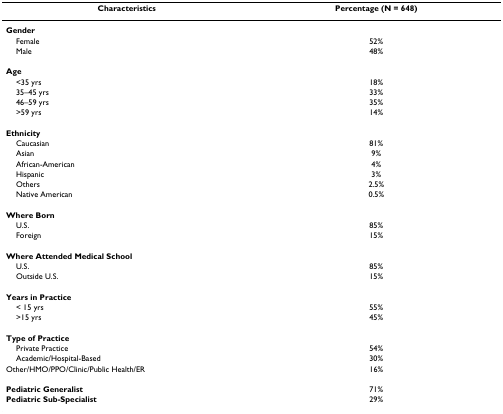
| Characteristics | Percentage (N = 648) |
 | --- | --- |
 | Gender |  |
 | Female | 52% |
 | Male | 48% |
 | Age |  |
 | <35 yrs | 18% |
 | 35–45 yrs | 33% |
 | 46–59 yrs | 35% |
 | >59 yrs | 14% |
 | Ethnicity |  |
 | Caucasian | 81% |
 | Asian | 9% |
 | African-American | 4% |
 | Hispanic | 3% |
 | Others | 2.5% |
 | Native American | 0.5% |
 | Where Born |  |
 | U.S. | 85% |
 | Foreign | 15% |
 | Where Attended Medical School |  |
 | U.S. | 85% |
 | Outside U.S. | 15% |
 | Years in Practice |  |
 | < 15 yrs | 55% |
 | >15 yrs | 45% |
 | Type of Practice |  |
 | Private Practice | 54% |
 | Academic/Hospital-Based | 30% |
 | Other/HMO/PPO/Clinic/Public Health/ER | 16% |
 | Pediatric Generalist | 71% |
 | Pediatric Sub-Specialist | 29% |